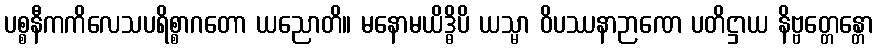
ပစ္စနီကကိလေသပရိစ္စာဂတော ယညောတိ။ မနောမယိဒ္ဓိပိ ယသ္မာ ဝိပဿနာဉာဏေ ပတိဋ္ဌာယ နိဗ္ဗတ္တေန္တော